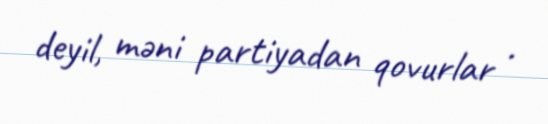
deyil, məni partiyadan qovurlar .